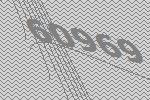
60969